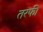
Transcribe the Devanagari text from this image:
तरफी